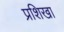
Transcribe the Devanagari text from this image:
प्रशिखा